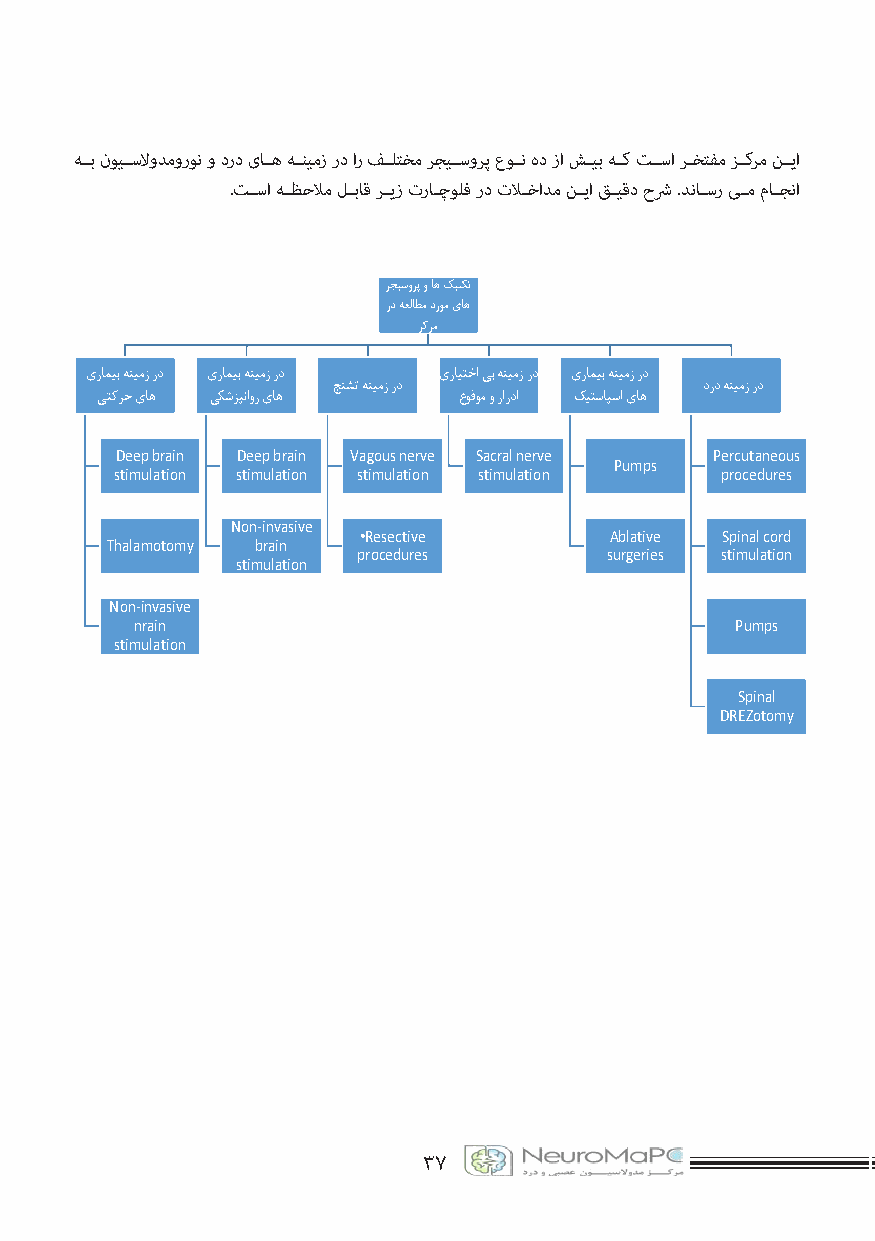
هــب نویــسلاودمورون و درد یاــه هــنیمز رد ار فــلتخم رجیــسورپ عوــن هد زا شــیب هــک تــسا رــختفم زــکرم نــیا
 .تــسا هــظحلام لــباق رــیز تراــچولف رد تلاــخادم نــیا قــیقد حشر .دناــسر یــم ماــجنا
 رجیسورپ و اه کینکت
 رد هعلاطم دروم یاه
 زکرم
 یرامیب هنیمز رد یرامیب هنیمز رد یرایتخا یب هنیمز رد یرامیب هنیمز رد
 جنشت هنیمز رد           درد هنیمز رد
 یتکرح یاه یکشزپناور یاه عوفوم و راردا کیتساپسا یاه
 Deep brain Deep brain Vagous nerve Sacral nerve Percutaneous
 Pumps
 stimulation stimulation stimulation stimulation procedures
 Non-invasive
 •Resective      Ablative Spinal cord
 Thalamotomy brain
 procedures      surgeries stimulation
 stimulation
 Non-invasive
 nrain                                   Pumps
 stimulation
 Spinal
 DREZotomy
 ۳7